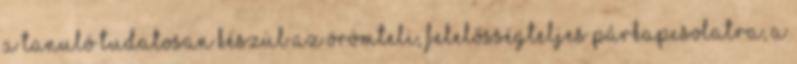
A tanuló tudatosan készül az örömteli, felelősségteljes párkapcsolatra, a